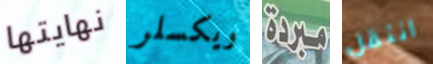
نهايتها ويكسلر مبردة انتقل